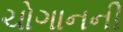
ચોગાનની